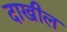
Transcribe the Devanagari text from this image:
दाखील